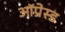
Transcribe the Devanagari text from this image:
ऑप्रेस्ड